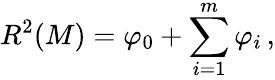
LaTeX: R^{2}(M)=\varphi_{0}+\sum_{i=1}^{m}\varphi_{i}\, ,